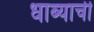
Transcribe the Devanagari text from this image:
धाब्याची